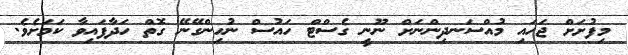
މިފުށަށް ޖަހައި މުއްސަނދިންނަށް ނޫނީ ގެސްޓް ހައުސް ނުހިންގޭނޭ ގޮތް ހަދާފައިވާ ކަމަށެވެ.